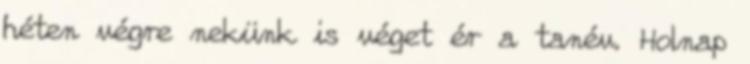
héten végre nekünk is véget ér a tanév. Holnap